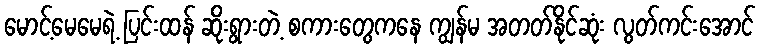
မောင့်မေမေရဲ့ ပြင်းထန် ဆိုးရွားတဲ့ စကားတွေကနေ ကျွန်မ အတတ်နိုင်ဆုံး လွတ်ကင်းအောင်